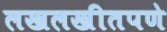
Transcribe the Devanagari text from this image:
लखलखीतपणे